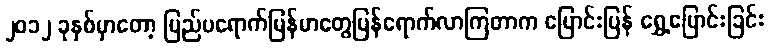
၂၀၁၂ ခုနှစ်မှာတော့ ပြည်ပရောက်မြန်မာတွေပြန်ရောက်လာကြတာက ပြောင်းပြန် ရွှေ့ပြောင်းခြင်း